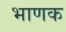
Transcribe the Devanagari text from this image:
भाणक